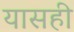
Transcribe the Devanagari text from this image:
यासही